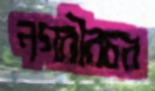
নগরীরচর